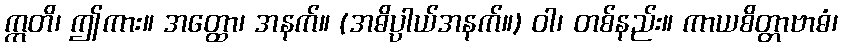
ဣတိ၊ ဤကား။ အတ္ထော၊ အနက်။ (အဓိပ္ပာယ်အနက်။) ဝါ၊ တစ်နည်း။ ကာယစိတ္တာဗာဓံ၊